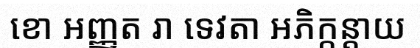
ខោ អញ្ញត រា ទេវតា អភិក្កន្តាយ